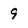
Character: 9